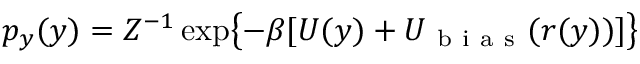
\begin{array} { r } { p _ { y } ( y ) = Z ^ { - 1 } \exp \bigl \{ - \beta [ U ( y ) + U _ { \mathrm { ~ b ~ i ~ a ~ s ~ } } ( r ( y ) ) ] \bigr \} } \end{array}